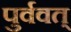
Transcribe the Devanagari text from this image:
पुर्ववत्